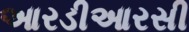
આરડીઆરસી